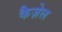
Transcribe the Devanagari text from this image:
कैज़ेल